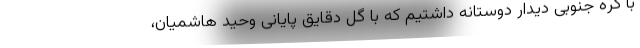
با کره جنوبی دیدار دوستانه داشتیم که با گل دقایق پایانی وحید هاشمیان،